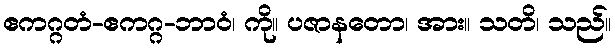
ဧကဂ္ဂတံ-ဧကဂ္ဂ-ဘာဝံ၊ ကို။ ပဇာနတော၊ အား။ သတိ၊ သည်။